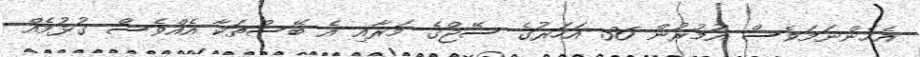
އެހެންނަމަވެސް އުމުރުން 36 އަހަރުގެ ސޭޖްގެ މަރާއި އެ ބޭސްތަކާ އެއްވެސް ގުޅުމެއް